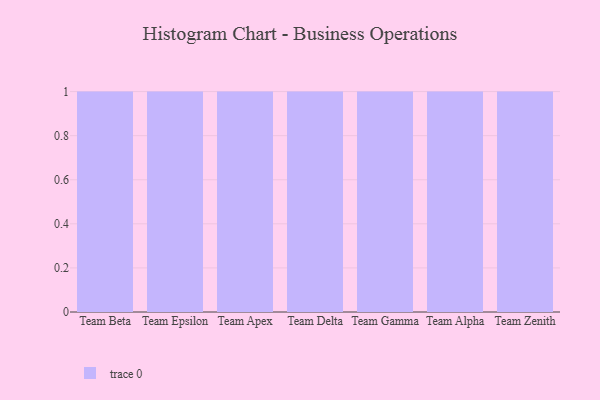
{"axis": {"x": "Team", "y": "Churn Rate (%)"}, "legend": [""], "data": [{"x": "Team Beta", "y": 74, "type": ""}, {"x": "Team Epsilon", "y": 17, "type": ""}, {"x": "Team Apex", "y": 68, "type": ""}, {"x": "Team Delta", "y": 78, "type": ""}, {"x": "Team Gamma", "y": 15, "type": ""}, {"x": "Team Alpha", "y": 71, "type": ""}, {"x": "Team Zenith", "y": 7, "type": ""}]}